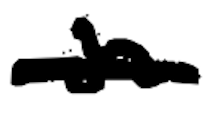
Text: in
Cross-out: single-line
Writing tool: digital_black